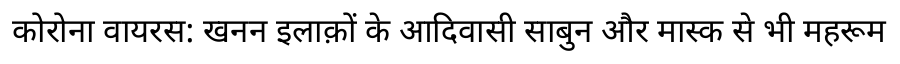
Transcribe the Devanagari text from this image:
कोरोना वायरस: खनन इलाक़ों के आदिवासी साबुन और मास्क से भी महरूम